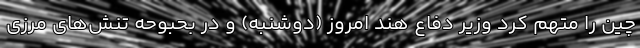
چین را متهم کرد وزیر دفاع هند امروز (دوشنبه) و در بحبوحه تنش‌های مرزی